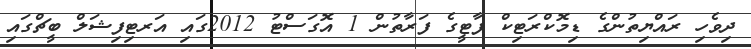
ދިވެހި ރައްޔިތުންގެ ޑިމޮކްރަޓިކް ޕާޓީގެ ފަރާތުން 1 އޮގަސްޓު 2012ގައި އަރޓިފިޝަލް ބީޗްގައި